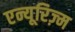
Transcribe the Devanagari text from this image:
एन्यूरिज़्म